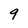
Character: 9